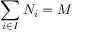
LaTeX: \sum _ { i \in I } N _ { i } = M